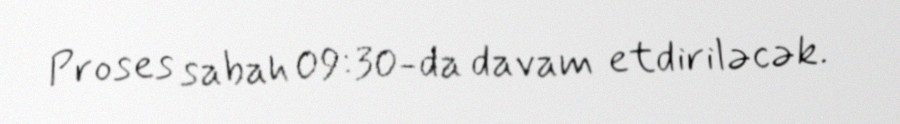
Proses sabah 09:30-da davam etdiriləcək.